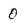
Character: 0